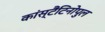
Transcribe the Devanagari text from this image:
कांस्टैंटिनोपुल